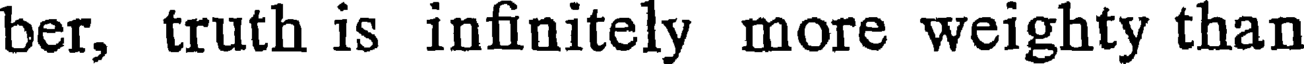
ber, truth is infinitely more weighty than